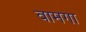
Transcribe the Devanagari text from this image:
वामगा